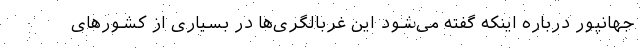
جهانپور درباره اینکه گفته می‌شود این غربالگری‌ها در بسیاری از کشورهای